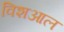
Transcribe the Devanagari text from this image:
विशआल